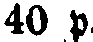
40 p.